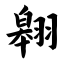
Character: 翱